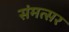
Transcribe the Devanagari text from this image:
संमत्सर